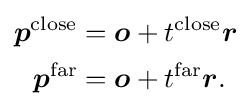
{\begin{aligned}{\boldsymbol {p}}^{\text{close}}&={\boldsymbol {o}}+t^{\text{close}}{\boldsymbol {r}}\\{\boldsymbol {p}}^{\text{far}}&={\boldsymbol {o}}+t^{\text{far}}{\boldsymbol {r}}.\end{aligned}}